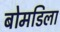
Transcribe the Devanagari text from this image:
बोमडिला